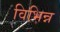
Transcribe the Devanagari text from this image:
विभिन्न